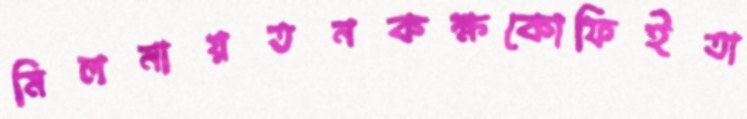
মিলনায়তনকক্ষকোফিইতা